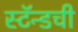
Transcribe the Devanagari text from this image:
स्टॅन्डची